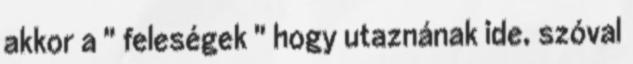
akkor a " feleségek " hogy utaznának ide, szóval